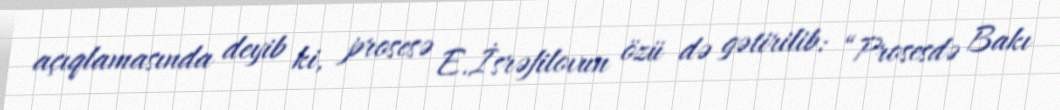
açıqlamasında deyib ki, prosesə E.İsrəfilovun özü də gətirilib: “Prosesdə Bakı